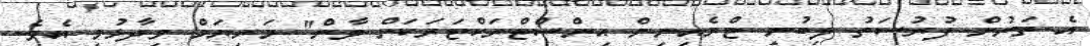
އެ ތަނުން ފުރުސަތު ލިބުނީ ޓްރެއިނިން އިންސްޓްރަކްޓަރަކަށް ވާން" މަރިޔަމް ވިދާޅުވި އެވެ.